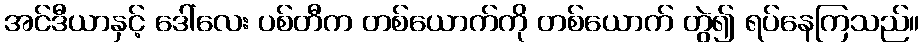
အင်ဒီယာနှင့် ဒေါ်လေး ပစ်တီက တစ်ယောက်ကို တစ်ယောက် တွဲ၍ ရပ်နေကြသည်။